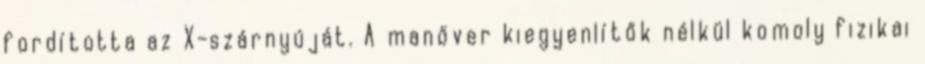
fordította az X-szárnyúját. A manőver kiegyenlítők nélkül komoly fizikai